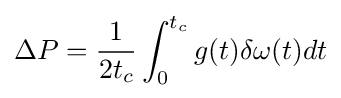
\Delta P={1 \over {2t_{c}}}\int _{0}^{t_{c}}{g(t)\delta \omega (t)dt}